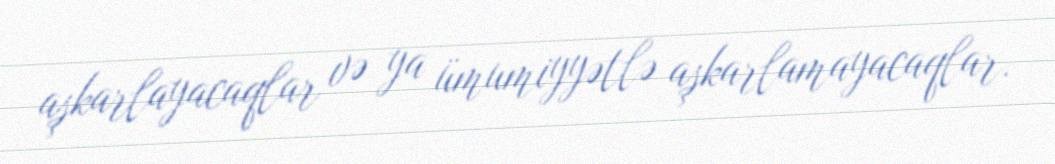
aşkarlayacaqlar və ya ümumiyyətlə aşkarlamayacaqlar.